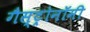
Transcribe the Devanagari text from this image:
गैस्ट्रोनॉमी